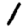
Digit: 1